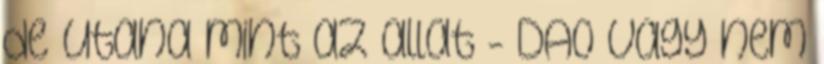
de utana mint az allat - DAO vagy nem